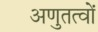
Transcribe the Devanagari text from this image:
अणुतत्वों